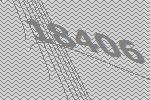
18406